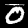
Digit: 0